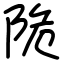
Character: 陒